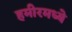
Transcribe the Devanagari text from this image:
हमीरमध्ये